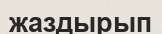
жаздырып